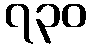
၇၃၀